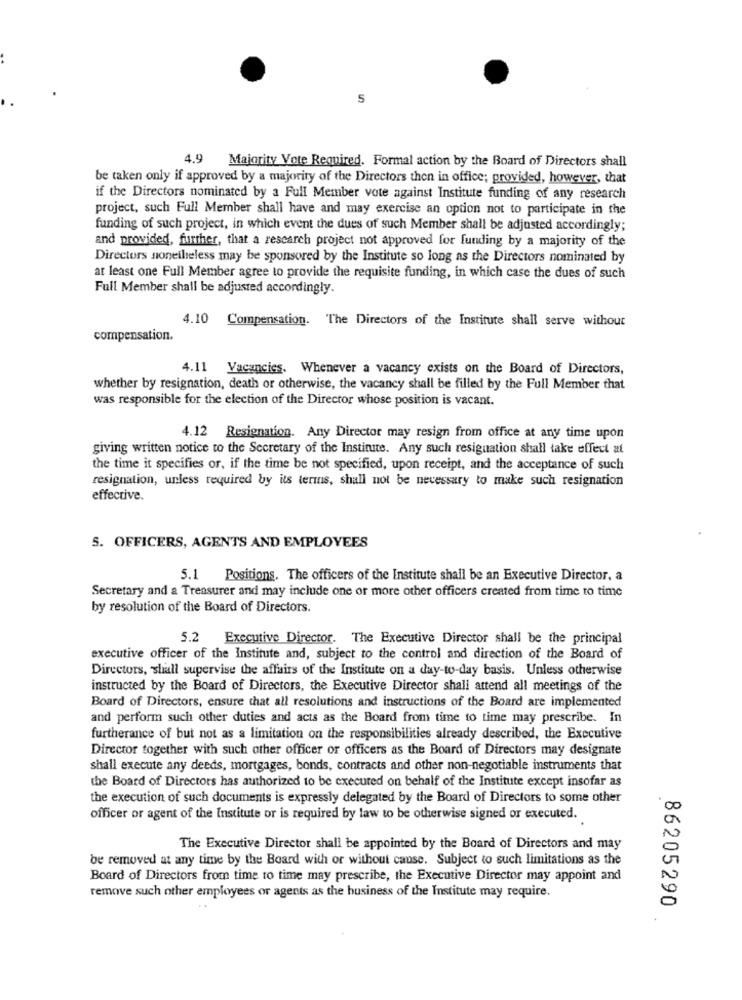
5
4.9
Majority Vote Required. Formal action by the Board of Directors shall
be taken only if approved by a majority of the Directors then in office; provided, however, that
if the Directors nominated by a Full Member vote against Institute funding of any research
project, such Full Member shall have and may exercise an option not to participate in the
funding of such project, in which event the dues of such Member shall be adjusted accordingly;
and provided, further, that a research project not approved for funding by a majority of the
Directors nonetheless may be sponsored by the Institute so long as the Directors nominated by
at least one Full Member agree to provide the requisite funding, in which case the dues of such
Full Member shall be adjusted accordingly.
4.10 Compensation. The Directors of the Institute shall serve without
compensation.
4.11 Vacancies. Whenever a vacancy exists on the Board of Directors,
whether by resignation, death or otherwise, the vacancy shall be filled by the Full Member that
was responsible for the election of the Director whose position is vacant.
4.12 Resignation. Any Director may resign from office at any time upon
giving written notice to the Secretary of the Institute. Any such resignation shall take effect at
the time it specifies or, if the time be not specified, upon receipt, and the acceptance of such
resignation, unless required by its terms, shall not be necessary to make such resignation
effective.
5. OFFICERS, AGENTS AND EMPLOYEES
5.1 Positions. The officers of the Institute shall be an Executive Director, a
Secretary and a Treasurer and may include one or more other officers created from time to time
by resolution of the Board of Directors.
5.2 Executive Director. The Executive Director shall be the principal
executive officer of the Institute and, subject to the control and direction of the Board of
Directors, shall supervise the affairs of the Institute on a day-to-day basis. Unless otherwise
instructed by the Board of Directors, the Executive Director shall attend all meetings of the
Board of Directors, ensure that all resolutions and instructions of the Board are implemented
and perform such other duties and acts as the Board from time to time may prescribe. In
furtherance of but not as a limitation on the responsibilities already described, the Executive
Director together with such other officer or officers as the Board of Directors may designate
shall execute any deeds, mortgages, bonds, contracts and other non-negotiable instruments that
the Board of Directors has authorized to be executed on behalf of the Institute except insofar as
the execution of such documents is expressly delegated by the Board of Directors to some other
officer or agent of the Institute or is required by law to be otherwise signed or executed.
The Executive Director shall be appointed by the Board of Directors and may
be removed at any time by the Board with or without cause. Subject to such limitations as the
Board of Directors from time to time may prescribe, the Executive Director may appoint and
remove such other employees or agents as the business of the Institute may require.
86205290